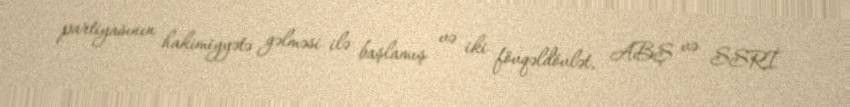
partiyasının hakimiyyətə gəlməsi ilə başlamış və iki fövqəldövlət, ABŞ və SSRİ